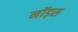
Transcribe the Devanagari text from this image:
नॉड्स